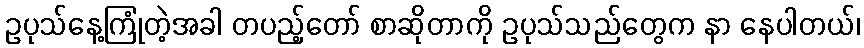
ဥပုသ်နေ့ကြုံတဲ့အခါ တပည့်တော် စာဆိုတာကို ဥပုသ်သည်တွေက နာ နေပါတယ်၊